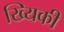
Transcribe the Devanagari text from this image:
ख्यिकी